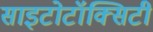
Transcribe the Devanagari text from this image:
साइटोटॉक्सिटी